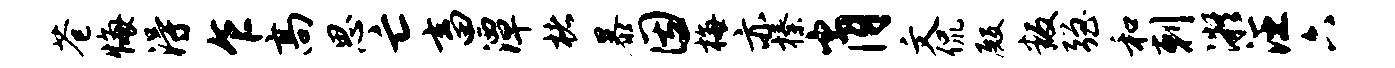
苍悔得乍高思亡畜潭楮暴因梅亦榛肖文侃殿叛强和剌凝汪六